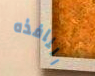
النافذه